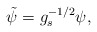
\begin{align*} \tilde{\psi}=g_s^{-1/2}\psi,\end{align*}